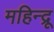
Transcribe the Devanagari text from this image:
महिन्द्रू